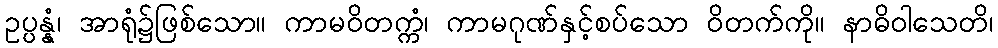
ဥပ္ပန္နံ၊ အာရုံ၌ဖြစ်သော။ ကာမဝိတက္ကံ၊ ကာမဂုဏ်နှင့်စပ်သော ဝိတက်ကို။ နာဓိဝါသေတိ၊